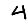
Digit: 4